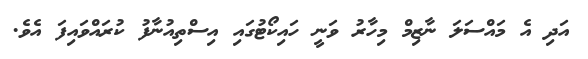
އަދި އެ މައްސަލަ ނާޒިމް މިހާރު ވަނީ ހައިކޯޓުގައި އިސްތިއުނާފު ކުރައްވައިފަ އެވެ.